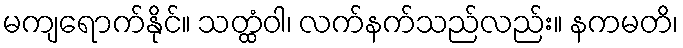
မကျရောက်နိုင်။ သတ္ထံဝါ၊ လက်နက်သည်လည်း။ နကမတိ၊